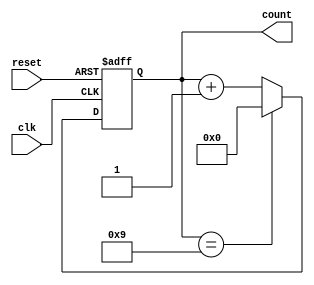
module DecadeRingCounter (
    input wire clk,       // Clock input
    input wire reset,     // Asynchronous reset
    output reg [3:0] count // 4-bit counter output
);

// Sequential logic for the Decade Ring Counter
always @(posedge clk or posedge reset) begin
    if (reset) begin
        count <= 4'b0000;  // Reset state to 0
    end else begin
        // Next state logic
        if (count == 4'b1001) begin
            count <= 4'b0000;  // If count is 9, reset to 0
        end else begin
            count <= count + 1; // Increment count
        end
    end
end

endmodule